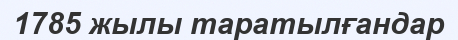
1785 жылы таратылғандар